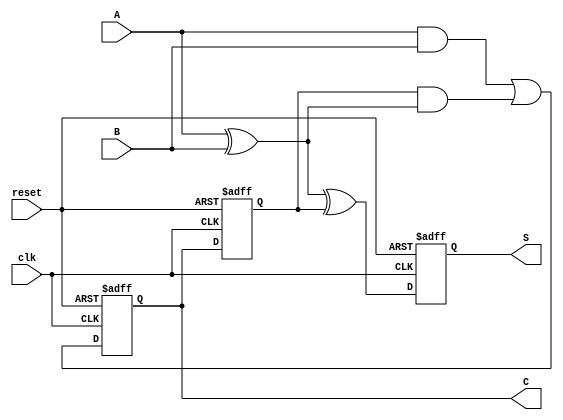
module SequentialHalfAdder (
    input wire clk,     // Clock signal
    input wire reset,   // Reset signal
    input wire A,       // Input bit A
    input wire B,       // Input bit B
    output reg S,       // Output sum
    output reg C        // Output carry
);

// Internal registers to store the previous sum and carry
reg previous_sum;
reg previous_carry;

always @(posedge clk or posedge reset) begin
    if (reset) begin
        // Initialize the stored values to zero on reset
        S <= 1'b0;
        C <= 1'b0;
        previous_sum <= 1'b0;
        previous_carry <= 1'b0;
    end else begin
        // Compute the new sum and carry
        S <= A ^ B ^ previous_carry; // Sum includes the previous carry
        C <= (A & B) | (previous_carry & (A ^ B)); // Carry calculation

        // Update previous values for the next state
        previous_sum <= S;
        previous_carry <= C;
    end
end

endmodule